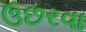
ઉછરવા